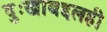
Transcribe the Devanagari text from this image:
दुःखाबद्दलही